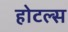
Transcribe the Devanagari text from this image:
होटल्‍स